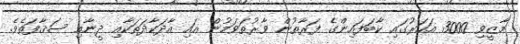
މާޒީވި 3000 އަހަރުގައި ކާބަފައިންގެ ފަރާތުން ވާރުތަވަމުން އައި އާދަކާދަތަކާއި ދީނާއި ސަޤާފަތެވެ.